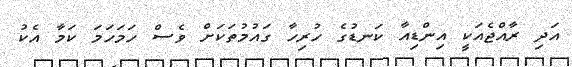
އަދި ރާއްޖެއަކީ އިންޑިއާ ކަނޑުގެ ހުރިހާ ގައުމުތަކަށް ވެސް ހަމަހަމަ ކަމާ އެކު